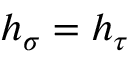
h _ { \sigma } = h _ { \tau }